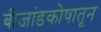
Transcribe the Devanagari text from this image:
बीजांडकोषातून